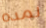
لمده